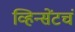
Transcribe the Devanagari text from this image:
व्हिन्सेंटचं